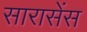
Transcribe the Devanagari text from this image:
सारासेंस